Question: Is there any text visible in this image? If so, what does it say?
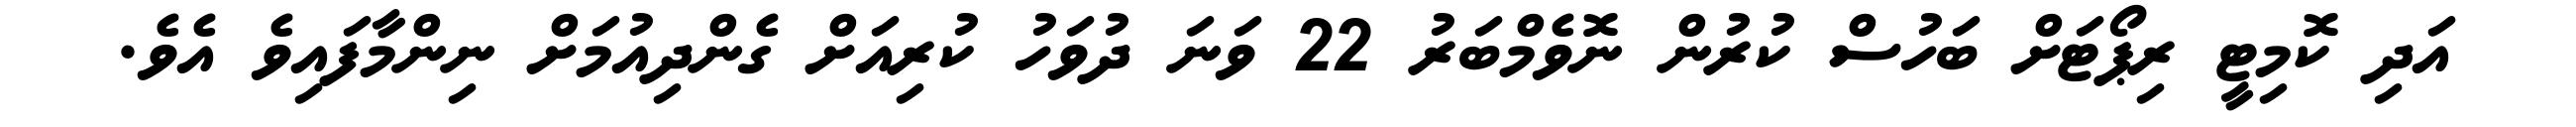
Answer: އަދި ކޮމިޓީ ރިޕޯޓަށް ބަހުސް ކުރުން ނޮވެމްބަރު 22 ވަނަ ދުވަހު ކުރިއަށް ގެންދިއުމަށް ނިންމާފައިވެ އެވެ.